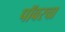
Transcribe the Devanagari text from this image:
पॉवरचा